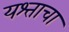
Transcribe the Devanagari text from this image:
यश्ताचा